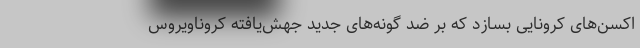
اکسن‌های کرونایی بسازد که بر ضد گونه‌های جدید جهش‌یافته کروناویروس